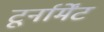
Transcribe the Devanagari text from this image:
टूर्नार्मेंट